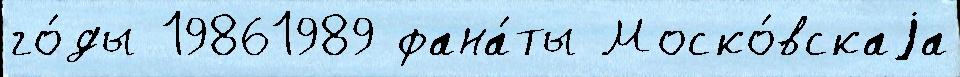
го́ды 19861989 фана́ты Моско́вскаjа